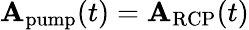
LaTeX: \mathbf{A}_{\textrm{pump}}(t)=\mathbf{A}_{\textrm{RCP}}(t)